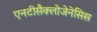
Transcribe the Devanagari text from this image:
एनटीसैक्लोजेनेसिस